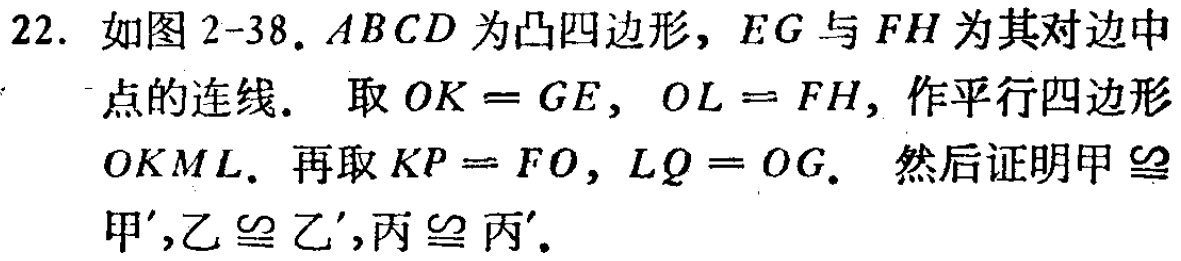
22. 如图 2-38. \(ABCD\)为凸四边形，\(EG\)与\(FH\)为其对边中点的连线. 取\(OK = GE\)，\(OL = FH\)，作平行四边形\(OKML\). 再取\(KP = FO\)，\(LQ = OG\). 然后证明甲\(\cong\)甲’,乙\(\cong\)乙’,丙\(\cong\)丙’.